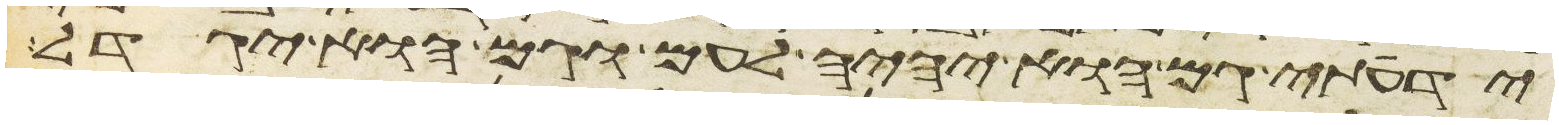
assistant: ידעתי גם הוא יהיה לעם וגם הוא יגדל